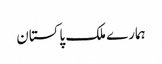
ہمارے ملک پاکستان